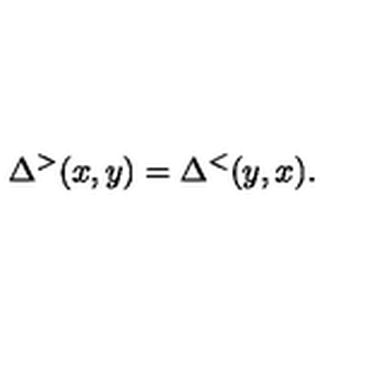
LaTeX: \Delta ^ { > } ( x , y ) = \Delta ^ { < } ( y , x ) .